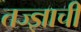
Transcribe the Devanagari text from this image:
तज्ज्ञाची